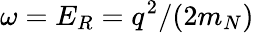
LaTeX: \omega=E_{R}=q^{2}/(2m_{N})